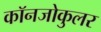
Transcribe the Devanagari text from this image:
कॉनजोकुलर